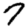
Digit: 7